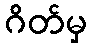
ဂိတ်မှ